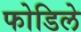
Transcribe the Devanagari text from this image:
फोडिले